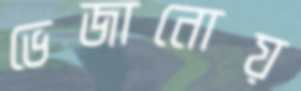
ভেজানোয়